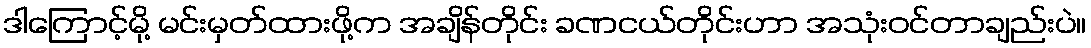
ဒါကြောင့်မို့ မင်းမှတ်ထားဖို့က အချိန်တိုင်း ခဏငယ်တိုင်းဟာ အသုံးဝင်တာချည်းပဲ။